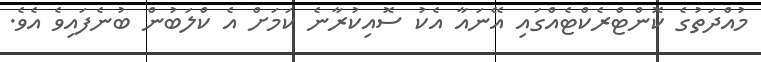
މުއްދަތުގެ ކޮންޓްރެކްޓެއްގައި އޭނައާ އެކު ސޮއިކުރާނެ ކަމަށް އެ ކްލަބުން ބުނެފައިވެ އެވެ.